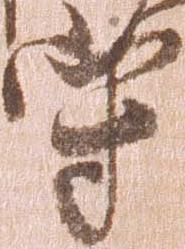
守